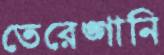
তেরেঙ্গানি